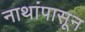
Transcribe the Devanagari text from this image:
नाथांपासून